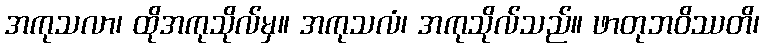
အကုသလာ၊ ထိုအကုသိုလ်မှ။ အကုသလံ၊ အကုသိုလ်သည်။ ဖာတုဘဝိဿတိ၊